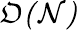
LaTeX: \cal{\mathfrak{O}}(N)